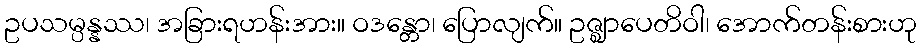
ဥပသမ္ပန္နဿ၊ အခြားရဟန်းအား။ ဝဒန္တော၊ ပြောလျက်။ ဥဇ္ဈာပေတိဝါ၊ အောက်တန်းစားဟု